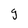
Character: g